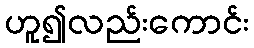
ဟူ၍လည်းကောင်း